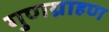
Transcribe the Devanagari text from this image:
गुणग्राहण